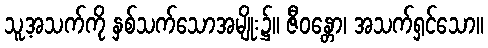
သူ့အသက်ကို နှစ်သက်သောအမျိုး၌။ ဇီဝန္တော၊ အသက်ရှင်သော။